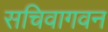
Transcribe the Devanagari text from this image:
सचिवागवन